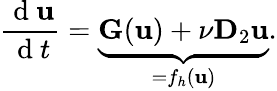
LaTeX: \frac{\mathrm{~d~}\mathbf{u}}{\mathrm{~d~}t}=\underbrace{\mathbf{G}(\mathbf{u})+\nu\mathbf{D}_{2}\mathbf{u}}_{=f_{h}(\mathbf{u})}.